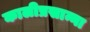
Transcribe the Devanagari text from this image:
कालीप्रसान्ना